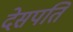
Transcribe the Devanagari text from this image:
देसपति